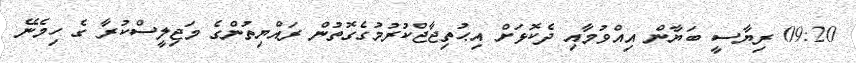
09:20 ރިޔާސީ ބަޔާން އިއްވުމާއި ދެކޮޅަށް އިޙުތިޖާޖްކުރުމުގެގޮތުން ރައްޔިތުންގެ މަޖިލީސްކުރާ ގެ ހިމެނޭ